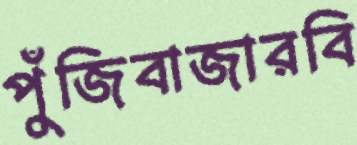
পুঁজিবাজারবি